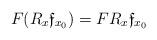
LaTeX: \begin{align*}F(R_x \mathfrak{f}_{x_0})=FR_x\mathfrak{f}_{x_0}\end{align*}